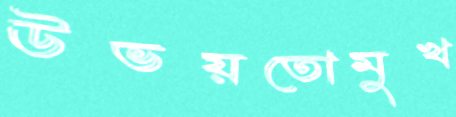
উভয়তোমুখ